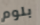
بلوم